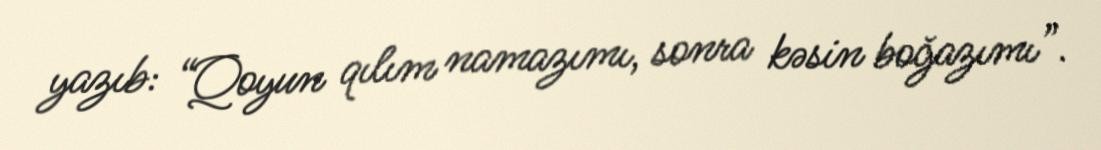
yazıb: “Qoyun qılım namazımı, sonra kəsin boğazımı”.